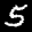
Label: 5